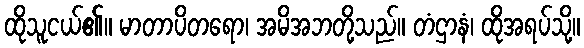
ထိုသူငယ်၏။ မာတာပိတရော၊ အမိအဘတို့သည်။ တံဌာနံ၊ ထိုအရပ်သို့။